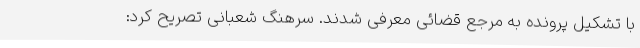
با تشکیل پرونده به مرجع قضائی معرفی شدند. سرهنگ شعبانی تصریح کرد: